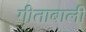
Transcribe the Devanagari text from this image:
गीताबाली